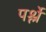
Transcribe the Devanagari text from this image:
पर्श्ले